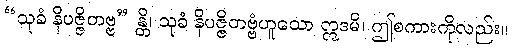
“သုခံ နိပဇ္ဇိတဗ္ဗ” န္တိ၊ သုခံ နိပဇ္ဇိတဗ္ဗံဟူသော ဣဒမိ၊ ဤစကားကိုလည်း။